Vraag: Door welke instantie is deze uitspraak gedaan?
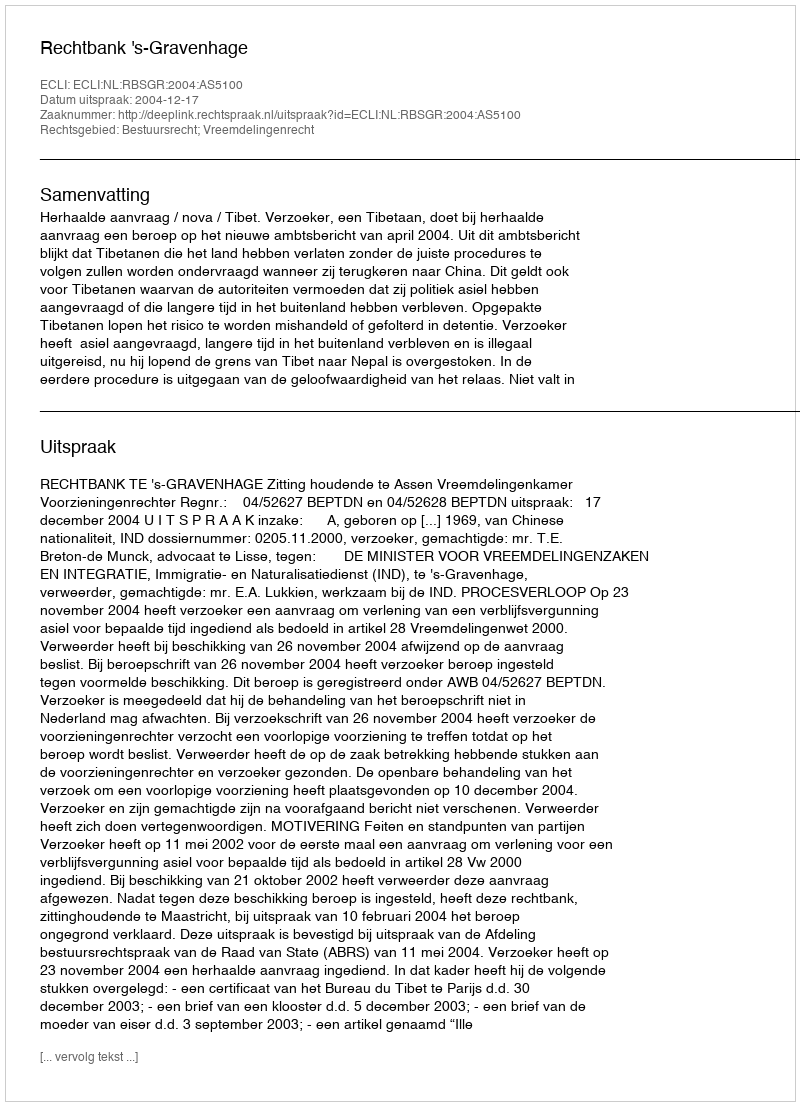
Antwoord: Rechtbank 's-Gravenhage